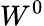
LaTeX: W^{0}